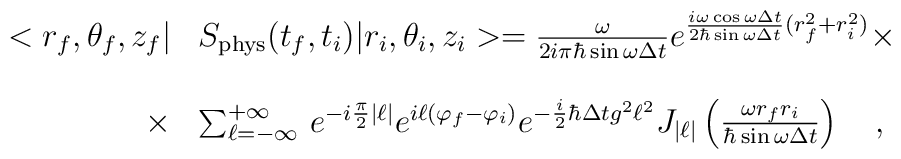
\begin{array}{r l}<r_f,\theta_f,z_f|&S_{\rm phys}(t_f,t_i)|r_i,\theta_i,z_i>=\frac{\omega}{2i\pi\hbar\sin\omega\Delta t}e^{\frac{i\omega\cos\omega\Delta t}{2\hbar\sin\omega\Delta t}(r^2_f+r^2_i)}\times\\ & \\\times&\sum_{\ell=-\infty}^{+\infty}\,e^{-i\frac{\pi}{2}|\ell|}e^{i\ell(\varphi_f-\varphi_i)}e^{-\frac{i}{2}\hbar\Delta tg^2\ell^2}J_{|\ell|}\left(\frac{\omega r_fr_i}{\hbar\sin\omega\Delta t}\right)\ \ \ ,\end{array}